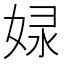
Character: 𡝘